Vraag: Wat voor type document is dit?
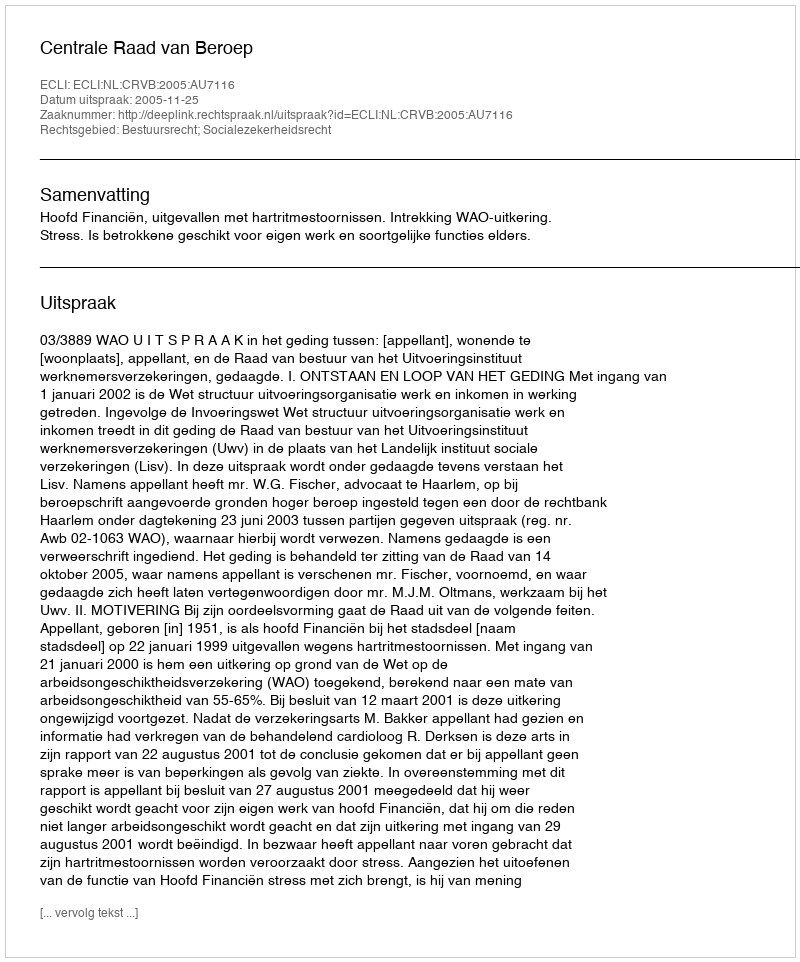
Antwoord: Uitspraak